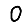
Digit: 0